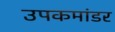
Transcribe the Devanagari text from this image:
उपकमांडर